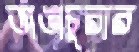
ভাঙাচুরার